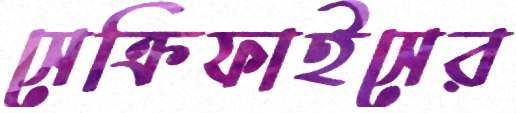
সেক্রিফাইসের